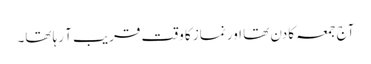
آج جمعہ کا دن تھا اور نماز کا وقت قریب آ رہا تھا۔